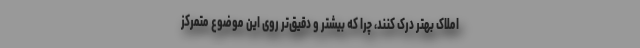
املاک بهتر درک کنند، چرا که بیشتر و دقیق‌تر روی این موضوع متمرکز